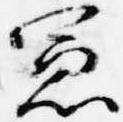
憲